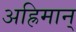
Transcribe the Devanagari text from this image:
अह्रिमान्